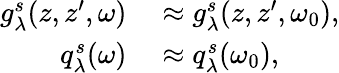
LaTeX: \begin{array}{rl}{g_{\lambda}^{s}(z,z^{\prime},\omega)}&{{}\approx g_{\lambda}^{s}(z,z^{\prime},\omega_{0}),}\\ {q_{\lambda}^{s}(\omega)}&{{}\approx q_{\lambda}^{s}(\omega_{0}),}\end{array}